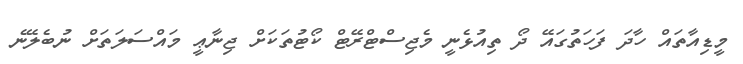
މީޑިއާތައް ހާދަ ފަހަތުގައޭ ދޯ ތިއުޅެނީ މެޖިސްޓްރޭޓް ކޯޓުތަކަށް ޖިނާޢީ މައްސަލަތަށް ނުބެލޭނެ